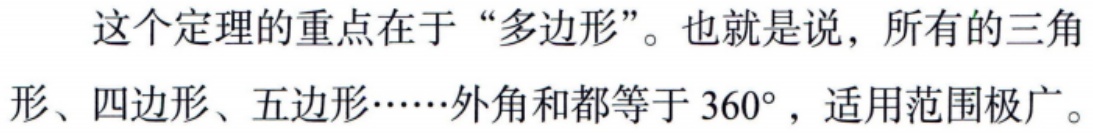
这个定理的重点在于“多边形”。也就是说，所有的三角形、四边形、五边形……外角和都等于 \(360^{\circ}\)，适用范围极广。